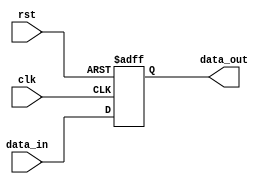
module reset_condition_example (
    input wire clk,            // Clock signal
    input wire rst,            // Reset signal (active-high)
    input wire [7:0] data_in,  // Example data input
    output reg [7:0] data_out   // Example data output
);

    // Internal state variables
    reg [7:0] counter;
    reg flag;

    // Reset condition block
    always @(posedge clk or posedge rst) begin
        if (rst) begin
            // Behavior on Reset
            counter <= 8'b0;            // Initialize counter to 0
            flag <= 1'b0;               // Initialize flag to low
            data_out <= 8'b0;           // Initialize data output to 0
        end else begin
            // Normal operation
            counter <= counter + 1;     // Increment counter
            data_out <= data_in;        // Pass data input to data output
            flag <= (counter == 8'b11111111) ? 1'b1 : 1'b0; // Set flag if counter reaches 255
        end
    end

endmodule